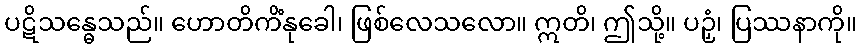
ပဋိသန္ဓေသည်။ ဟောတိကိံနုခေါ၊ ဖြစ်လေသလော။ ဣတိ၊ ဤသို့။ ပဉှံ၊ ပြဿနာကို။